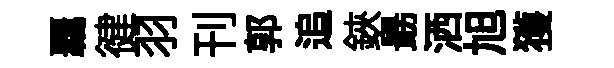
覊徤羽刊郭追鋏朂洒旭獲